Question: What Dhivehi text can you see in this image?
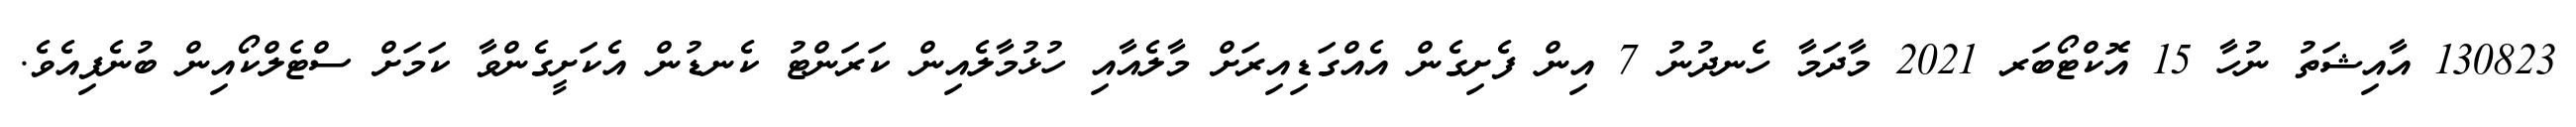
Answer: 130823 އާއިޝަތު ނުހާ 15 އޮކްޓޯބަރ 2021 މާދަމާ ހެނދުނު 7 އިން ފެށިގެން އެއްގަޑިއިރަށް މާލެއާއި ހުޅުމާލެއިން ކަރަންޓު ކެނޑުން އެކަށީގެންވާ ކަމަށް ސްޓެލްކޯއިން ބުނެފިއެވެ.